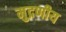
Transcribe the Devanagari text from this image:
मुद्रणीय